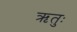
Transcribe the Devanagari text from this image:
ऋतुः